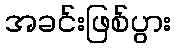
အခင်းဖြစ်ပွား